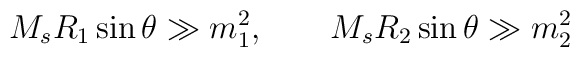
M_s R_1 \sin \theta \gg m_1^2,\qquad M_s R_2 \sin \theta \gg m_2^2